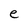
Character: e